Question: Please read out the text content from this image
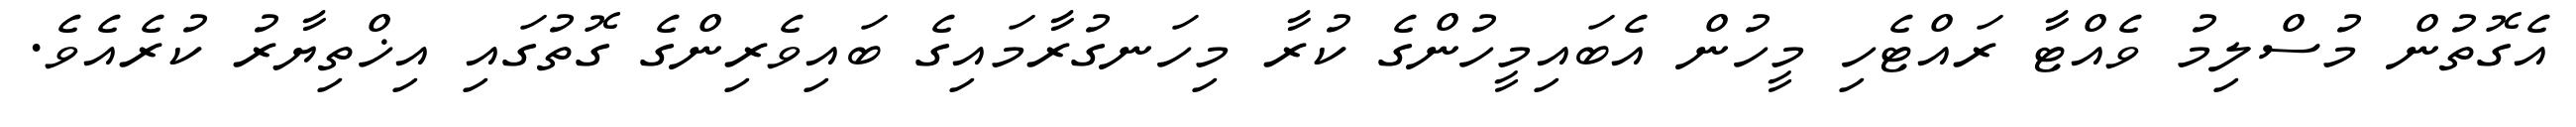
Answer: އެގޮތުން މުސްލިމު ވެއްޓާ ރައްޓެހި މީހުން އެބައިމީހުންގެ ކުރާ މިހަނގުރާމައިގެ ބައިވެރިންގެ ގޮތުގައި އިޚްތިޔާރު ކުރެއެވެ.